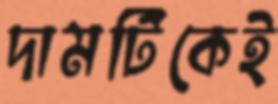
দামটিকেই